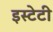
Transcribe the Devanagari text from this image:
इस्टेटी